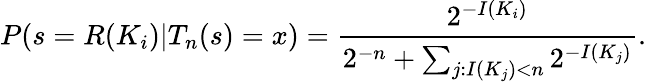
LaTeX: P(s=R(K_{i})|T_{n}(s)=x)={\frac{2^{-I(K_{i})}}{2^{-n}+\sum_{j:I(K_{j})<n}2^{-I(K_{j})}}}.